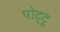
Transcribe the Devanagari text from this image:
पोट्टू